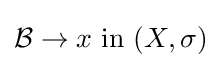
{\mathcal {B}}\to x{\text{ in }}(X,\sigma )